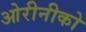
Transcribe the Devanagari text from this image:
ओरीनीको